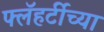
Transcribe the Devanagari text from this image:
फ्लॅहर्टीच्या